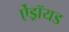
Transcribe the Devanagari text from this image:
ऐंड्रॉयड